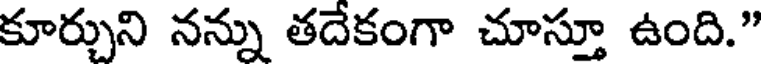
కూర్చుని నన్ను తదేకంగా చూస్తూ ఉంది."